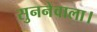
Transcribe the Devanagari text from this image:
सुननेवाला।